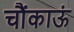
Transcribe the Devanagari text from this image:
चौंकाऊं